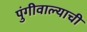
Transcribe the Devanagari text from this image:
पुंगीवाल्याची